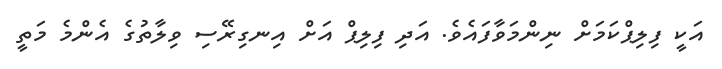
އަކީ ފިލިޕްކަމަށް ނިންމަވާފައެވެ. އަދި ފިލިޕް އަށް އިނގިރޭސި ވިލާތުގެ އެންމެ މަތީ